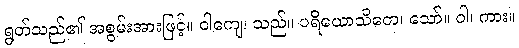
ရွတ်သည်၏ အစွမ်းအားဖြင့်။ ဝါကျေ၊ သည်။ ပရိယောသိတေ၊ သော်။ ဝါ၊ ကား။